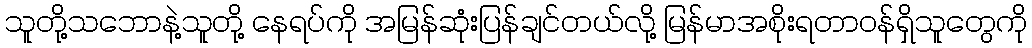
သူတို့သဘောနဲ့သူတို့ နေရပ်ကို အမြန်ဆုံးပြန်ချင်တယ်လို့ မြန်မာအစိုးရတာဝန်ရှိသူတွေကို